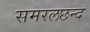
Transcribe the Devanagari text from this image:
समरलछन्द